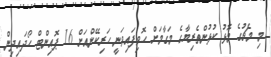
މި މެޗުގެ މޮޅު ކުޅުންތެރިޔާގެ މަގާމަށް ހޮވިފައިވަނީ ހަރިކޭންއަށް 16 ޕޮއިންޓް ހޯދައިދިން